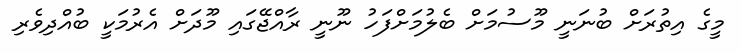
މީގެ އިތުރަށް ބުނަނީ މޫސުމަށް ބެލުމަށްފަހު ނޫނީ ރާއްޖޭގައި މޫދަށް އެރުމަކީ ބުއްދިވެރި